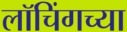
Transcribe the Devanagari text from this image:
लॉचिंगच्या